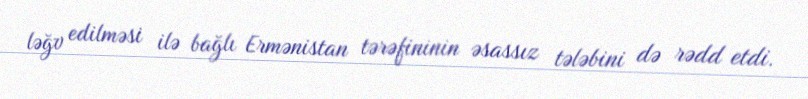
ləğv edilməsi ilə bağlı Ermənistan tərəfininin əsassız tələbini də rədd etdi.